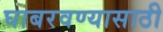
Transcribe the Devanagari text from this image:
घाबरवण्यासाठी